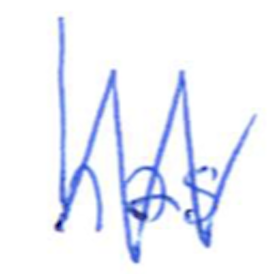
Text: has
Cross-out: zig-zag
Writing tool: ballpoint